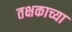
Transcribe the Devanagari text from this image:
तक्षकाच्या